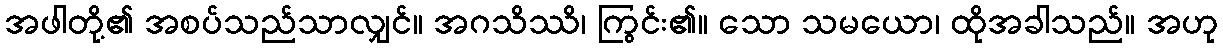
အဖါတို့၏ အစပ်သည်သာလျှင်။ အဂသိဿိ၊ ကြွင်း၏။ သော သမယော၊ ထိုအခါသည်။ အဟု